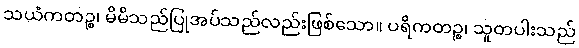
သယံကတဉ္စ၊ မိမိသည်ပြုအပ်သည်လည်းဖြစ်သော။ ပရိကတဉ္စ၊ သူတပါးသည်